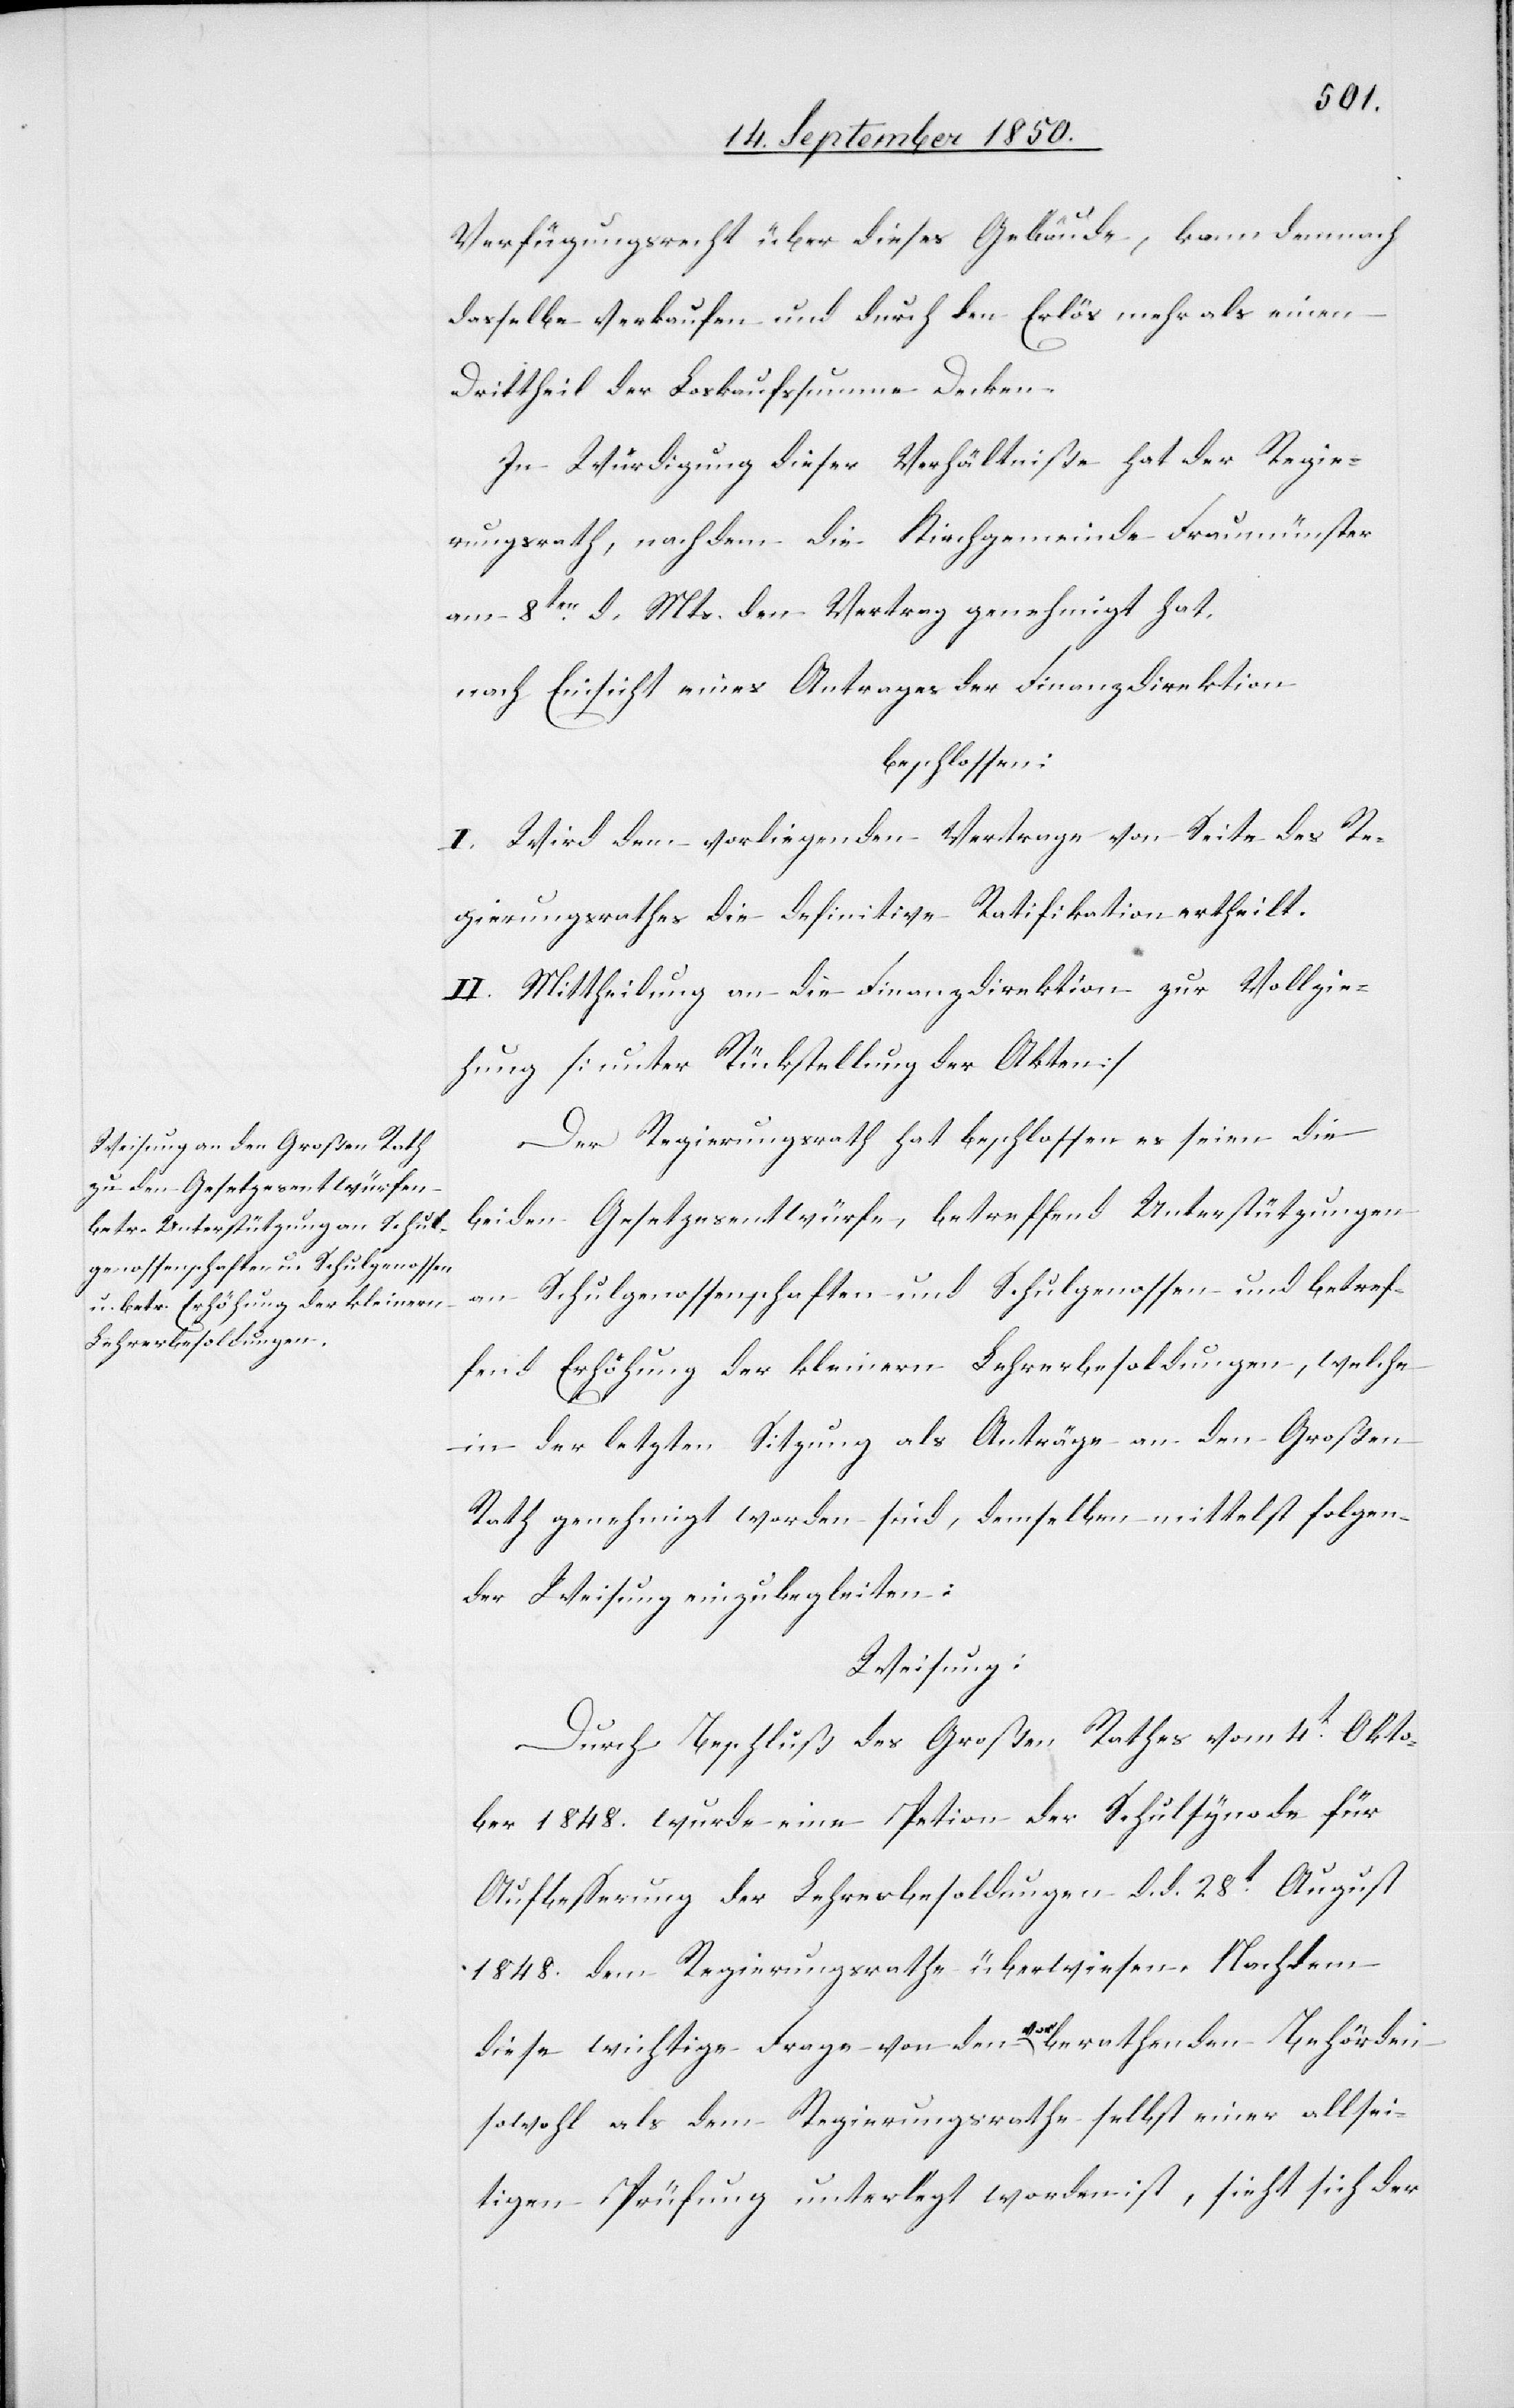
Verfügungsrecht über dieses Gebäude, kann demnach
dasselbe verkaufen und durch den Erlös mehr als einen
Drittheil der Loskaufssumme Decken.
In Würdigung dieser Verhältniße hat der Regie¬
rungsrath, nachdem die Kirchgemeinde Fraumünster
am 8ten d. Mts. den Vertrag genehmigt hat,
nach Einsicht eines Antrages der Finanzdirektion
beschlossen:
I. Wird dem vorliegenden Vertrage von Seite des Re¬
gierungsrathes die definitive Ratifikation ertheilt.
II. Mittheilung an die Finanzdirektion zur Vollzie¬
hung [unter Rückstellung der Akten]
Der Regierungsrath hat beschlossen es seien die
beiden Gesetzesentwürfe, betreffend Unterstützungen
an Schulgenossenschaften und Schulgenossen und betref¬
fend Erhöhung der kleinern Lehrerbesoldungen, welche
in der letzten Sitzung als Anträge an den Großen
Rath genehmigt worden sind, demselben mittelst folgen¬
der Weisung einzubegleiten:
Weisung:
Durch Beschluß des Großen Rathes vom 4t Okto¬
ber 1848. wurde eine Peti[ti]on der Schulsynode für
Aufbesserung der Lehrerbesoldungen d. d. 28t August
1848. dem Regierungsrathe überwiesen. Nachdem
diese wichtige Frage von den vorberathenden Behörden
sowohl als dem Regierungsrathe selbst einer allsei¬
tigen Prüfung unterlegt worden ist, sieht sich der